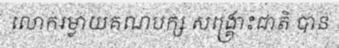
លោករម្លាយគណបក្ស សង្គ្រោះជាតិ បាន